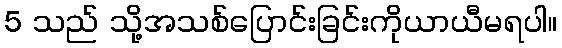
5 သည် သို့အသစ်ပြောင်းခြင်းကိုယာယီမရပါ။